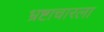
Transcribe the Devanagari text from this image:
भ्रष्टाचारला